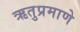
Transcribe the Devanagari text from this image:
ऋतुप्रमाणे